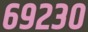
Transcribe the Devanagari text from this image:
६९२३०